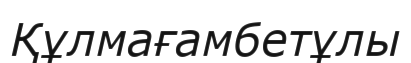
Құлмағамбетұлы